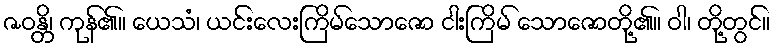
ဇဝန္တိ၊ ကုန်၏။ ယေသံ၊ ယင်းလေးကြိမ်သောဇော ငါးကြိမ် သောဇောတို့၏။ ဝါ၊ တို့တွင်။